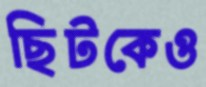
ছিটকেও